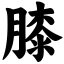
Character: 膝